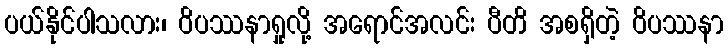
ပယ်နိုင်ပါသလား၊ ဝိပဿနာရှုလို့ အရောင်အလင်း ပီတိ အစရှိတဲ့ ဝိပဿနာ